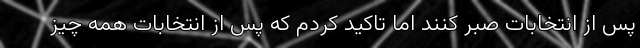
پس از انتخابات صبر کنند اما تاکید کردم که پس از انتخابات همه چیز